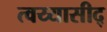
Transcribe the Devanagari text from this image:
त्वय्यासीद्